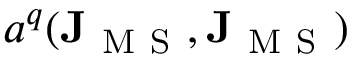
a ^ { q } ( \mathbf { J } _ { \mathrm { ~ M ~ S ~ } } , \mathbf { J } _ { \mathrm { ~ M ~ S ~ } } )